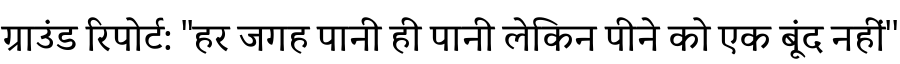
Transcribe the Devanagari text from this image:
ग्राउंड रिपोर्ट: ''हर जगह पानी ही पानी लेकिन पीने को एक बूंद नहीं''